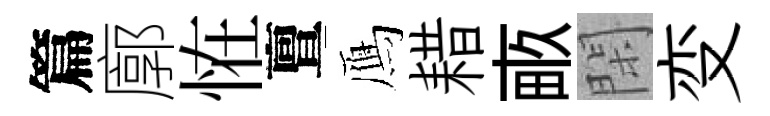
篇廓恠亶鴈耤畞閑变